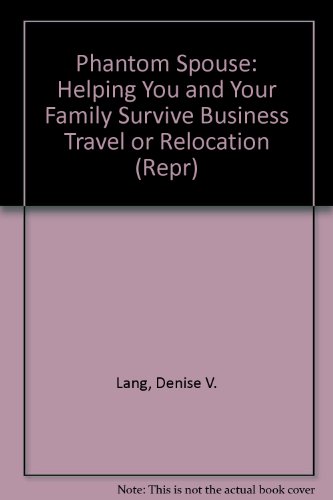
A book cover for The Phantom Spouse: Helping You and Your Family Survive Business Travel or Relocation (Repr); Denise V. Lang; Travel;